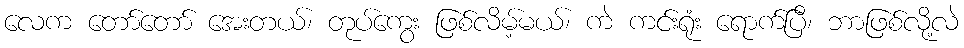
လေက တော်တော် အေးတယ်၊ တုပ်ကွေး ဖြစ်လိမ့်မယ်၊ ကဲ ကင်းရုံး ရောက်ပြီ၊ ဘာဖြစ်လို့လဲ